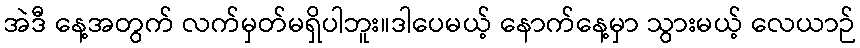
အဲဒီ နေ့အတွက် လက်မှတ်မရှိပါဘူး။ဒါပေမယ့် နောက်နေ့မှာ သွားမယ့် လေယာဉ်